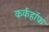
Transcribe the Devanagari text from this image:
कर्कहॉफ